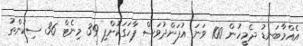
އެއްމާބަނޑު ދެމީހުން 100 ވަނަ އުފަންދުވަސް ފާހަގަކޮށްފި 39 މިނެޓް 36 ސިކުންތު